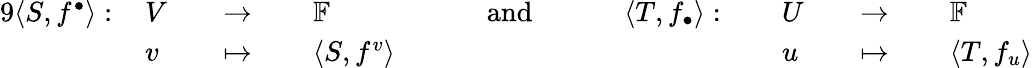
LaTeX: {\begin{array}{rlrlrlrlrlrlrlrl}{{9}\langle S,f^{\bullet}\rangle:\, }&{V}&&{\to\, }&&{\mathbb{F}}&&{\quad{\mathrm{~and~}}\quad}&&{\langle T,f_{\bullet}\rangle:\, }&&{U}&&{\to\, }&&{\mathbb{F}}\\ &{v}&&{\mapsto\, }&&{\langle S,f^{v}\rangle}&&{}&&{}&&{u}&&{\mapsto\, }&&{\langle T,f_{u}\rangle}\end{array}}